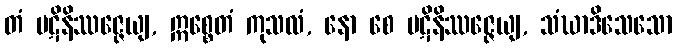
တံ ပဋိနိဿဇ္ဇေယျ, ဣစ္စေတံ ကုသလံ, နော စေ ပဋိနိဿဇ္ဇေယျ, သံဃာဒိသေသော